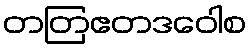
တတြဧတဒဝေါစ